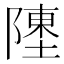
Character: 𬯔